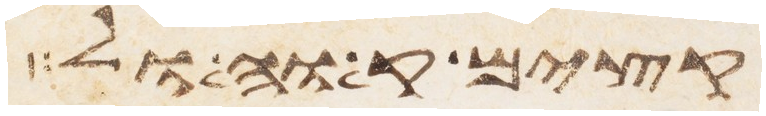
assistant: עצים אל משה ואל